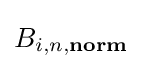
B_{i,n,{\textbf {norm}}}